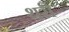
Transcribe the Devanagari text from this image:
थरी